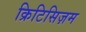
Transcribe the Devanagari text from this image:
क्रिटिसिज़म